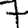
Digit: 7